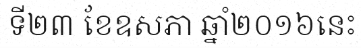
ទី២៣ ខែឧសភា ឆ្នាំ២០១៦នេះ